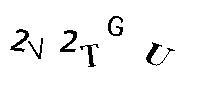
2V2TGU